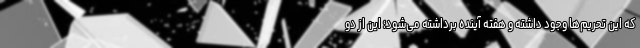
که این تحریم‌ها وجود داشته و هفته آینده برداشته می‌شود؛ این از دو